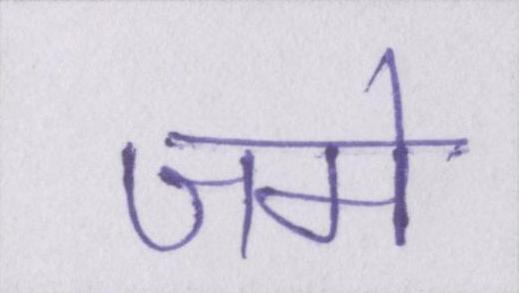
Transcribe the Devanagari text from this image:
जमे